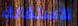
الاستقالة